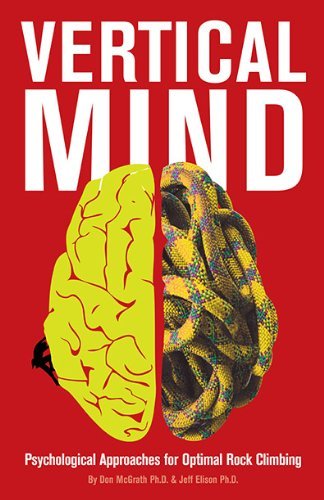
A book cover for Vertical Mind: Psychological Approaches for Optimal Rock Climbing; Don McGrath and Jeff Elison; Sports & Outdoors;